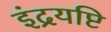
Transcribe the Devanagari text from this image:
इंद्रयष्टि